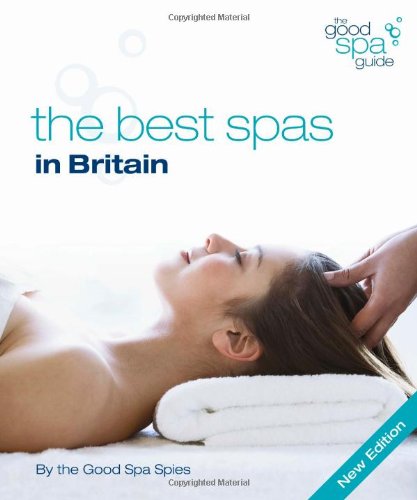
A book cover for The Good Spa Guide 2010: The Best Spas in Britain; Anna McGrail; Travel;